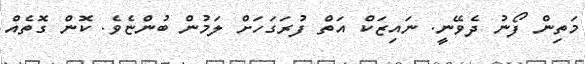
މަތިން ފޯނު ދެވޭނީ. ނައިޒަކް އަތް ފުރަގަހަށް ލަމުން ބުންޏެވެ. ކޮން ގޮތެއް